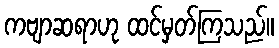
ကဗျာဆရာဟု ထင်မှတ်ကြသည်။